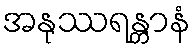
အနုဿရန္တာနံ